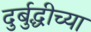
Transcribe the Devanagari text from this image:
दुर्बुद्धीच्या